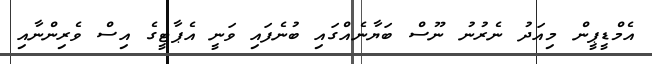
އެމްޑީޕީން މިއަދު ނެރުނު ނޫސް ބަޔާނެއްގައި ބުނެފައި ވަނީ އެޕާޓީގެ އިސް ވެރިންނާއި